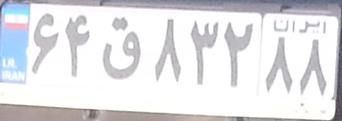
۶۴ق۸۳۲۸۸